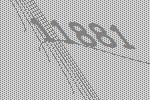
11881